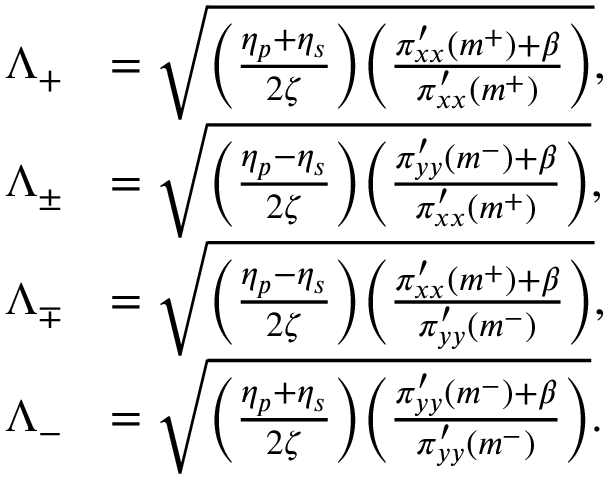
\begin{array} { r l } { \Lambda _ { + } } & { = \sqrt { \bigg ( \frac { \eta _ { p } + \eta _ { s } } { 2 \zeta } \bigg ) \bigg ( \frac { \pi _ { x x } ^ { \prime } ( m ^ { + } ) + \beta } { \pi _ { x x } ^ { \prime } ( m ^ { + } ) } \bigg ) } , } \\ { \Lambda _ { \pm } } & { = \sqrt { \bigg ( \frac { \eta _ { p } - \eta _ { s } } { 2 \zeta } \bigg ) \bigg ( \frac { \pi _ { y y } ^ { \prime } ( m ^ { - } ) + \beta } { \pi _ { x x } ^ { \prime } ( m ^ { + } ) } \bigg ) } , } \\ { \Lambda _ { \mp } } & { = \sqrt { \bigg ( \frac { \eta _ { p } - \eta _ { s } } { 2 \zeta } \bigg ) \bigg ( \frac { \pi _ { x x } ^ { \prime } ( m ^ { + } ) + \beta } { \pi _ { y y } ^ { \prime } ( m ^ { - } ) } \bigg ) } , } \\ { \Lambda _ { - } } & { = \sqrt { \bigg ( \frac { \eta _ { p } + \eta _ { s } } { 2 \zeta } \bigg ) \bigg ( \frac { \pi _ { y y } ^ { \prime } ( m ^ { - } ) + \beta } { \pi _ { y y } ^ { \prime } ( m ^ { - } ) } \bigg ) } . } \end{array}